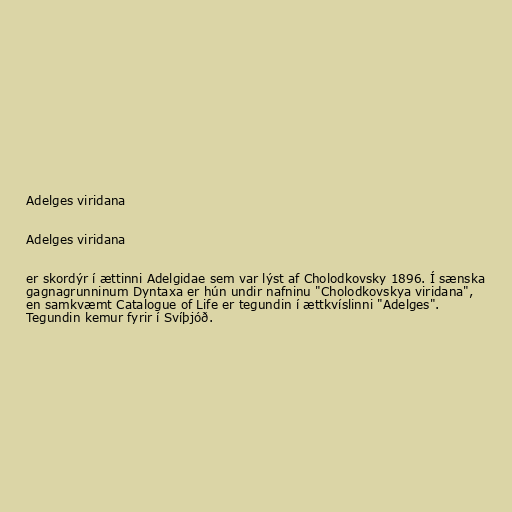
Adelges viridana

Adelges viridana

er skordýr í ættinni Adelgidae sem var lýst af Cholodkovsky 1896. Í sænska
gagnagrunninum Dyntaxa er hún undir nafninu "Cholodkovskya viridana",
en samkvæmt Catalogue of Life er tegundin í ættkvíslinni "Adelges".
Tegundin kemur fyrir í Svíþjóð.